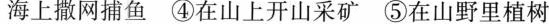
在海上撒网捕鱼 ④在山上开山采矿 ⑤在山野里植树